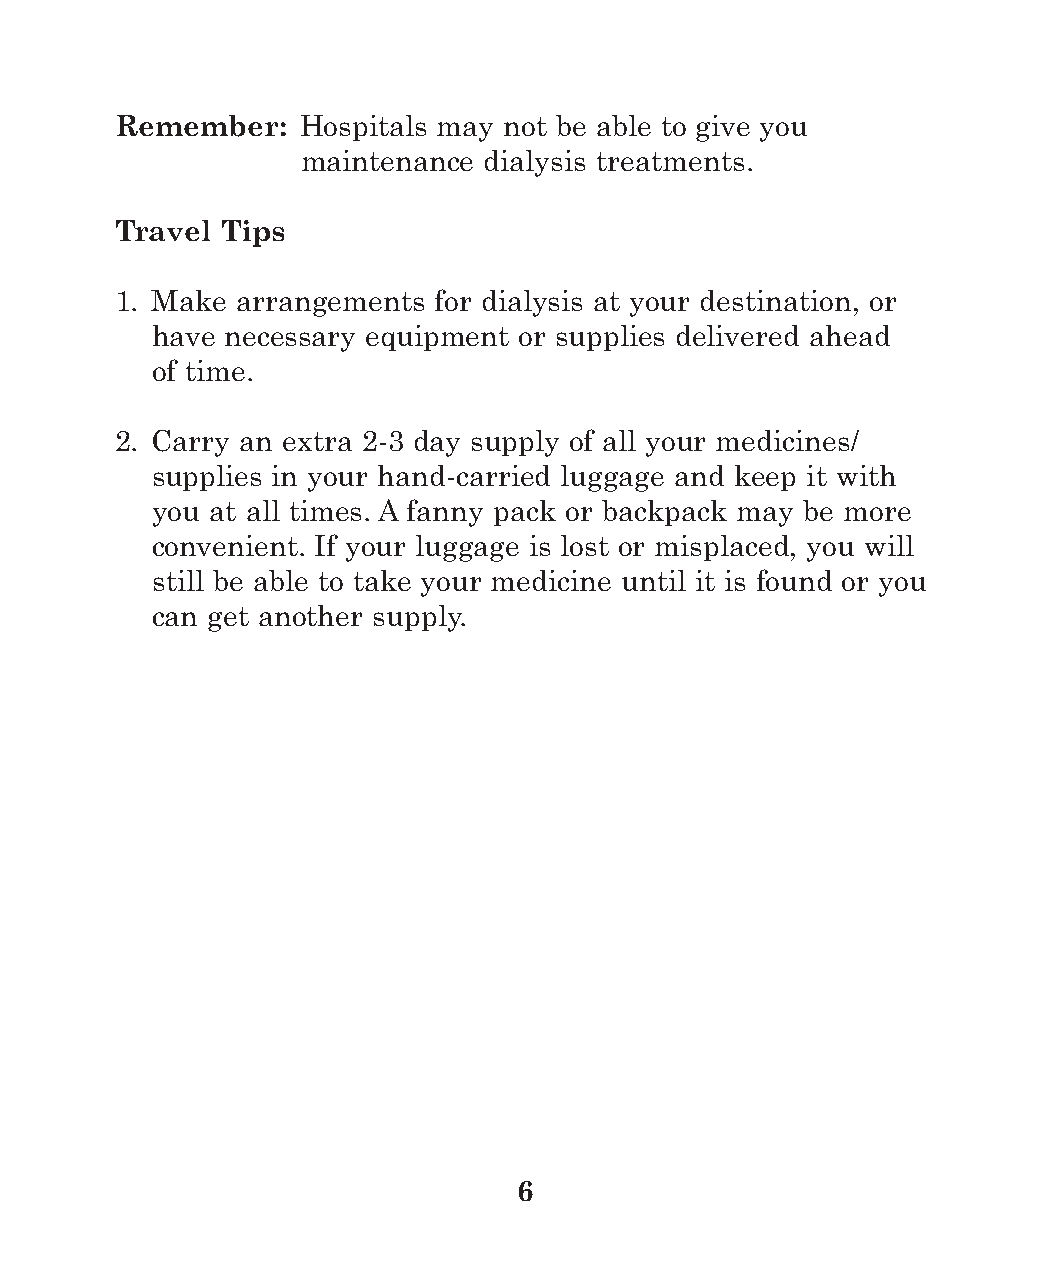
Remember:   Hospitals may not be able to give you
 maintenance dialysis treatments.
 Travel Tips
 1. Make arrangements for dialysis at your destination, or
 have necessary equipment or supplies delivered ahead
 of time.
 2. Carry an extra 2-3 day supply of all your medicines/
 supplies in your hand-carried luggage and keep it with
 you at all times. A fanny pack or backpack may be more
 convenient. If your luggage is lost or misplaced, you will
 still be able to take your medicine until it is found or you
 can get another supply.
 6